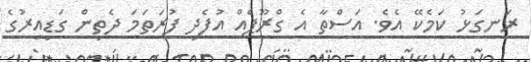
ރަނގަޅު ކަމެކޭ އެވެ. އަސްތާ އެ ގްރޫޕެއް އުފެދި ފުރަތަމަ ދެތިން ގަޑިއިރުގެ